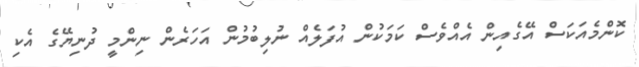
ކޮންމެއަކަސް އޭގެއިން އެއްވެސް ކަމަކުން އުފަލެއް ނުލިބުމުން އަަހަރެން ނިންމީ ދުނިޔޭގެ އެކި